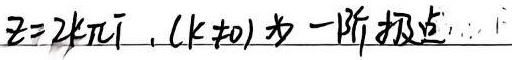
$z = 2k\pi\mathrm{i},(k\neq0)$ 为一阶极点.